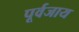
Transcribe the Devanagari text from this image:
पूर्वजाय